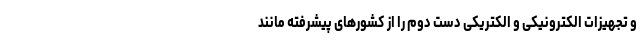
و تجهیزات الکترونیکی و الکتریکی دست دوم را از کشورهای پیشرفته مانند